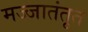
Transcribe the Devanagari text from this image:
मज्जातंतूत